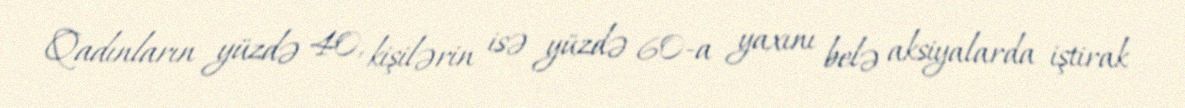
Qadınların yüzdə 40, kişilərin isə yüzdə 60-a yaxını belə aksiyalarda iştirak